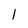
Character: 1